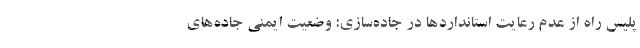
پلیس راه از عدم رعایت استانداردها در جاده‌سازی: وضعیت ایمنی جاده‌های